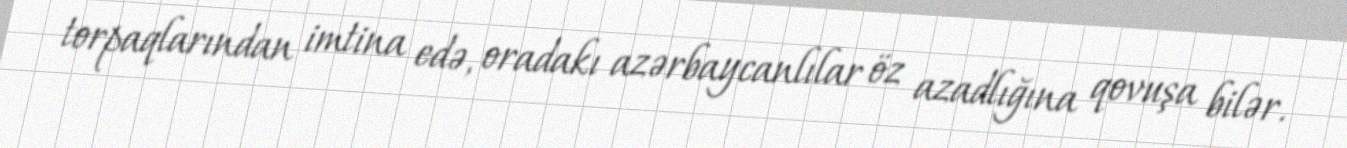
torpaqlarından imtina edə, oradakı azərbaycanlılar öz azadlığına qovuşa bilər.